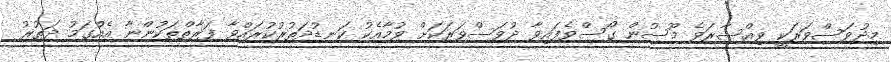
މިދުވަސްވަރަކީ ވިއްސާރަވެ މޫސުން ގޯސްވެފައިވާ ދުވަސްވަރަކަށް ވުމާއެކު ކަނޑުދަތުރުކުރައްވާ ފަރާތްތަކުންނާ އެއްގަމު ދަތުރު